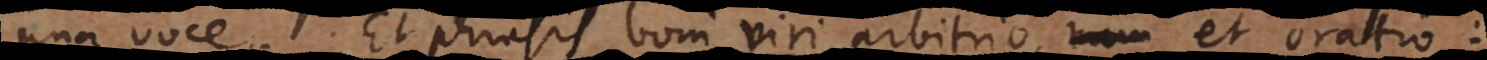
una voce. Et phrasis boni viri arbitrio, et oratio: